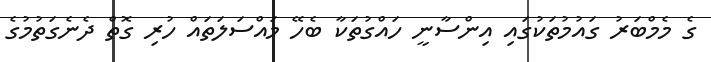
ގެ މެމްބަރު ގައުމުތަކުގައި އިންސާނީ ހައްގުތަކާ ބެހޭ މައްސަލަތައް ހުރި ގޮތް ދެނެގަތުމުގެ